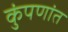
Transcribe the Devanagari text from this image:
कुंपणांत